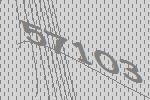
57103